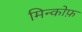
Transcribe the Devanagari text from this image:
मिन्कोफ़